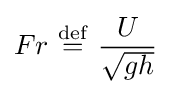
Fr\ {\stackrel {\mathrm {def} }{=}}\ {\frac {U}{\sqrt {gh}}}